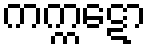
ကက္ကဋော